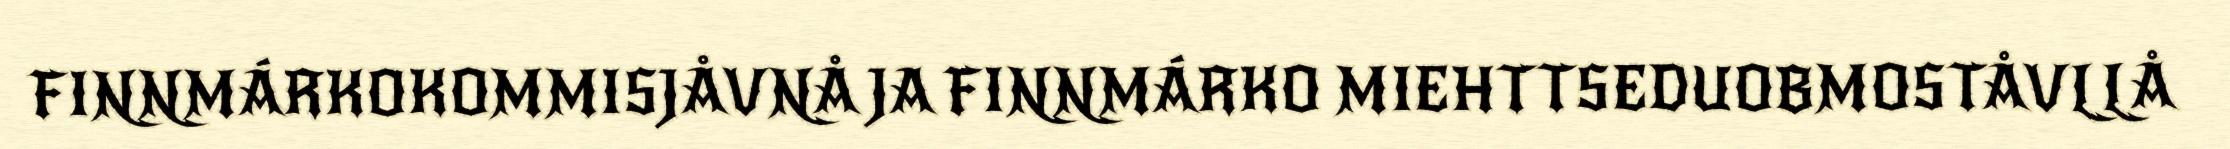
FINNMÁRKOKOMMISJÅVNÅ JA FINNMÁRKO MIEHTTSEDUOBMOSTÅVLLÅ